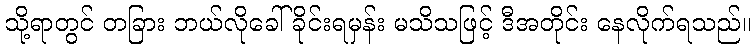
သို့ရာတွင် တခြား ဘယ်လိုခေါ်ခိုင်းရမှန်း မသိသဖြင့် ဒီအတိုင်း နေလိုက်ရသည်။